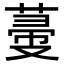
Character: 𦵲